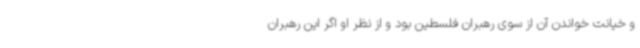
و خیانت خواندن آن از سوی رهبران فلسطین بود و از نظر او اگر این رهبران